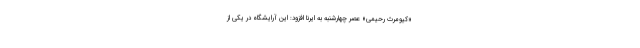
«کیومرث رحیمی» عصر چهارشنبه به ایرنا افزود: این آرایشگاه در یکی از